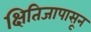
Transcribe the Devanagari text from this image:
क्षितिजापासून